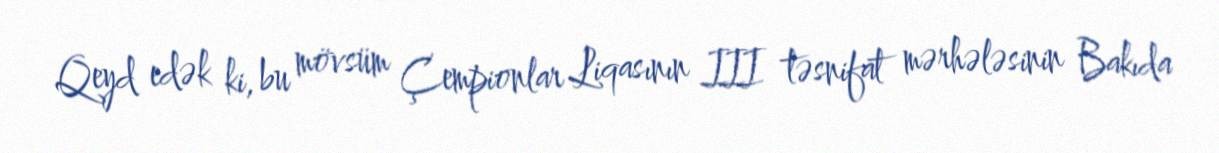
Qeyd edək ki, bu mövsüm Çempionlar Liqasının III təsnifat mərhələsinin Bakıda